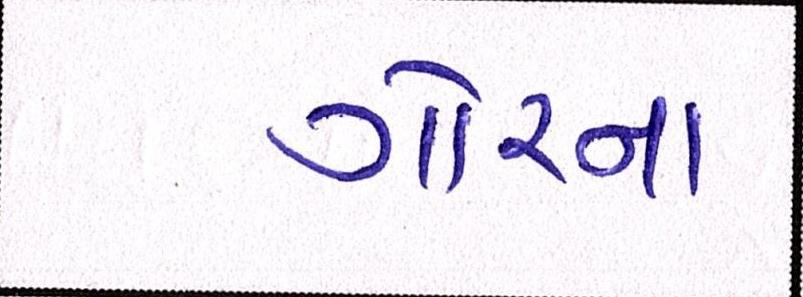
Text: ગોરના